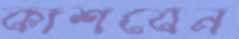
কাশবেন